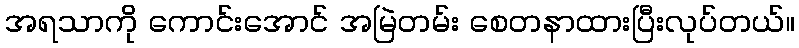
အရသာကို ကောင်းအောင် အမြဲတမ်း စေတနာထားပြီးလုပ်တယ်။